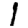
Digit: 1